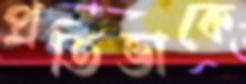
প্রতিভাকে